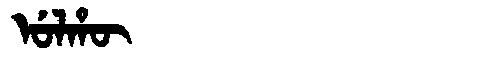
Manchu: ᡠᠯᡥᡡ
Romanization: ULHŪ